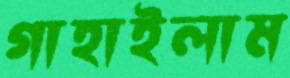
গাহাইলাম